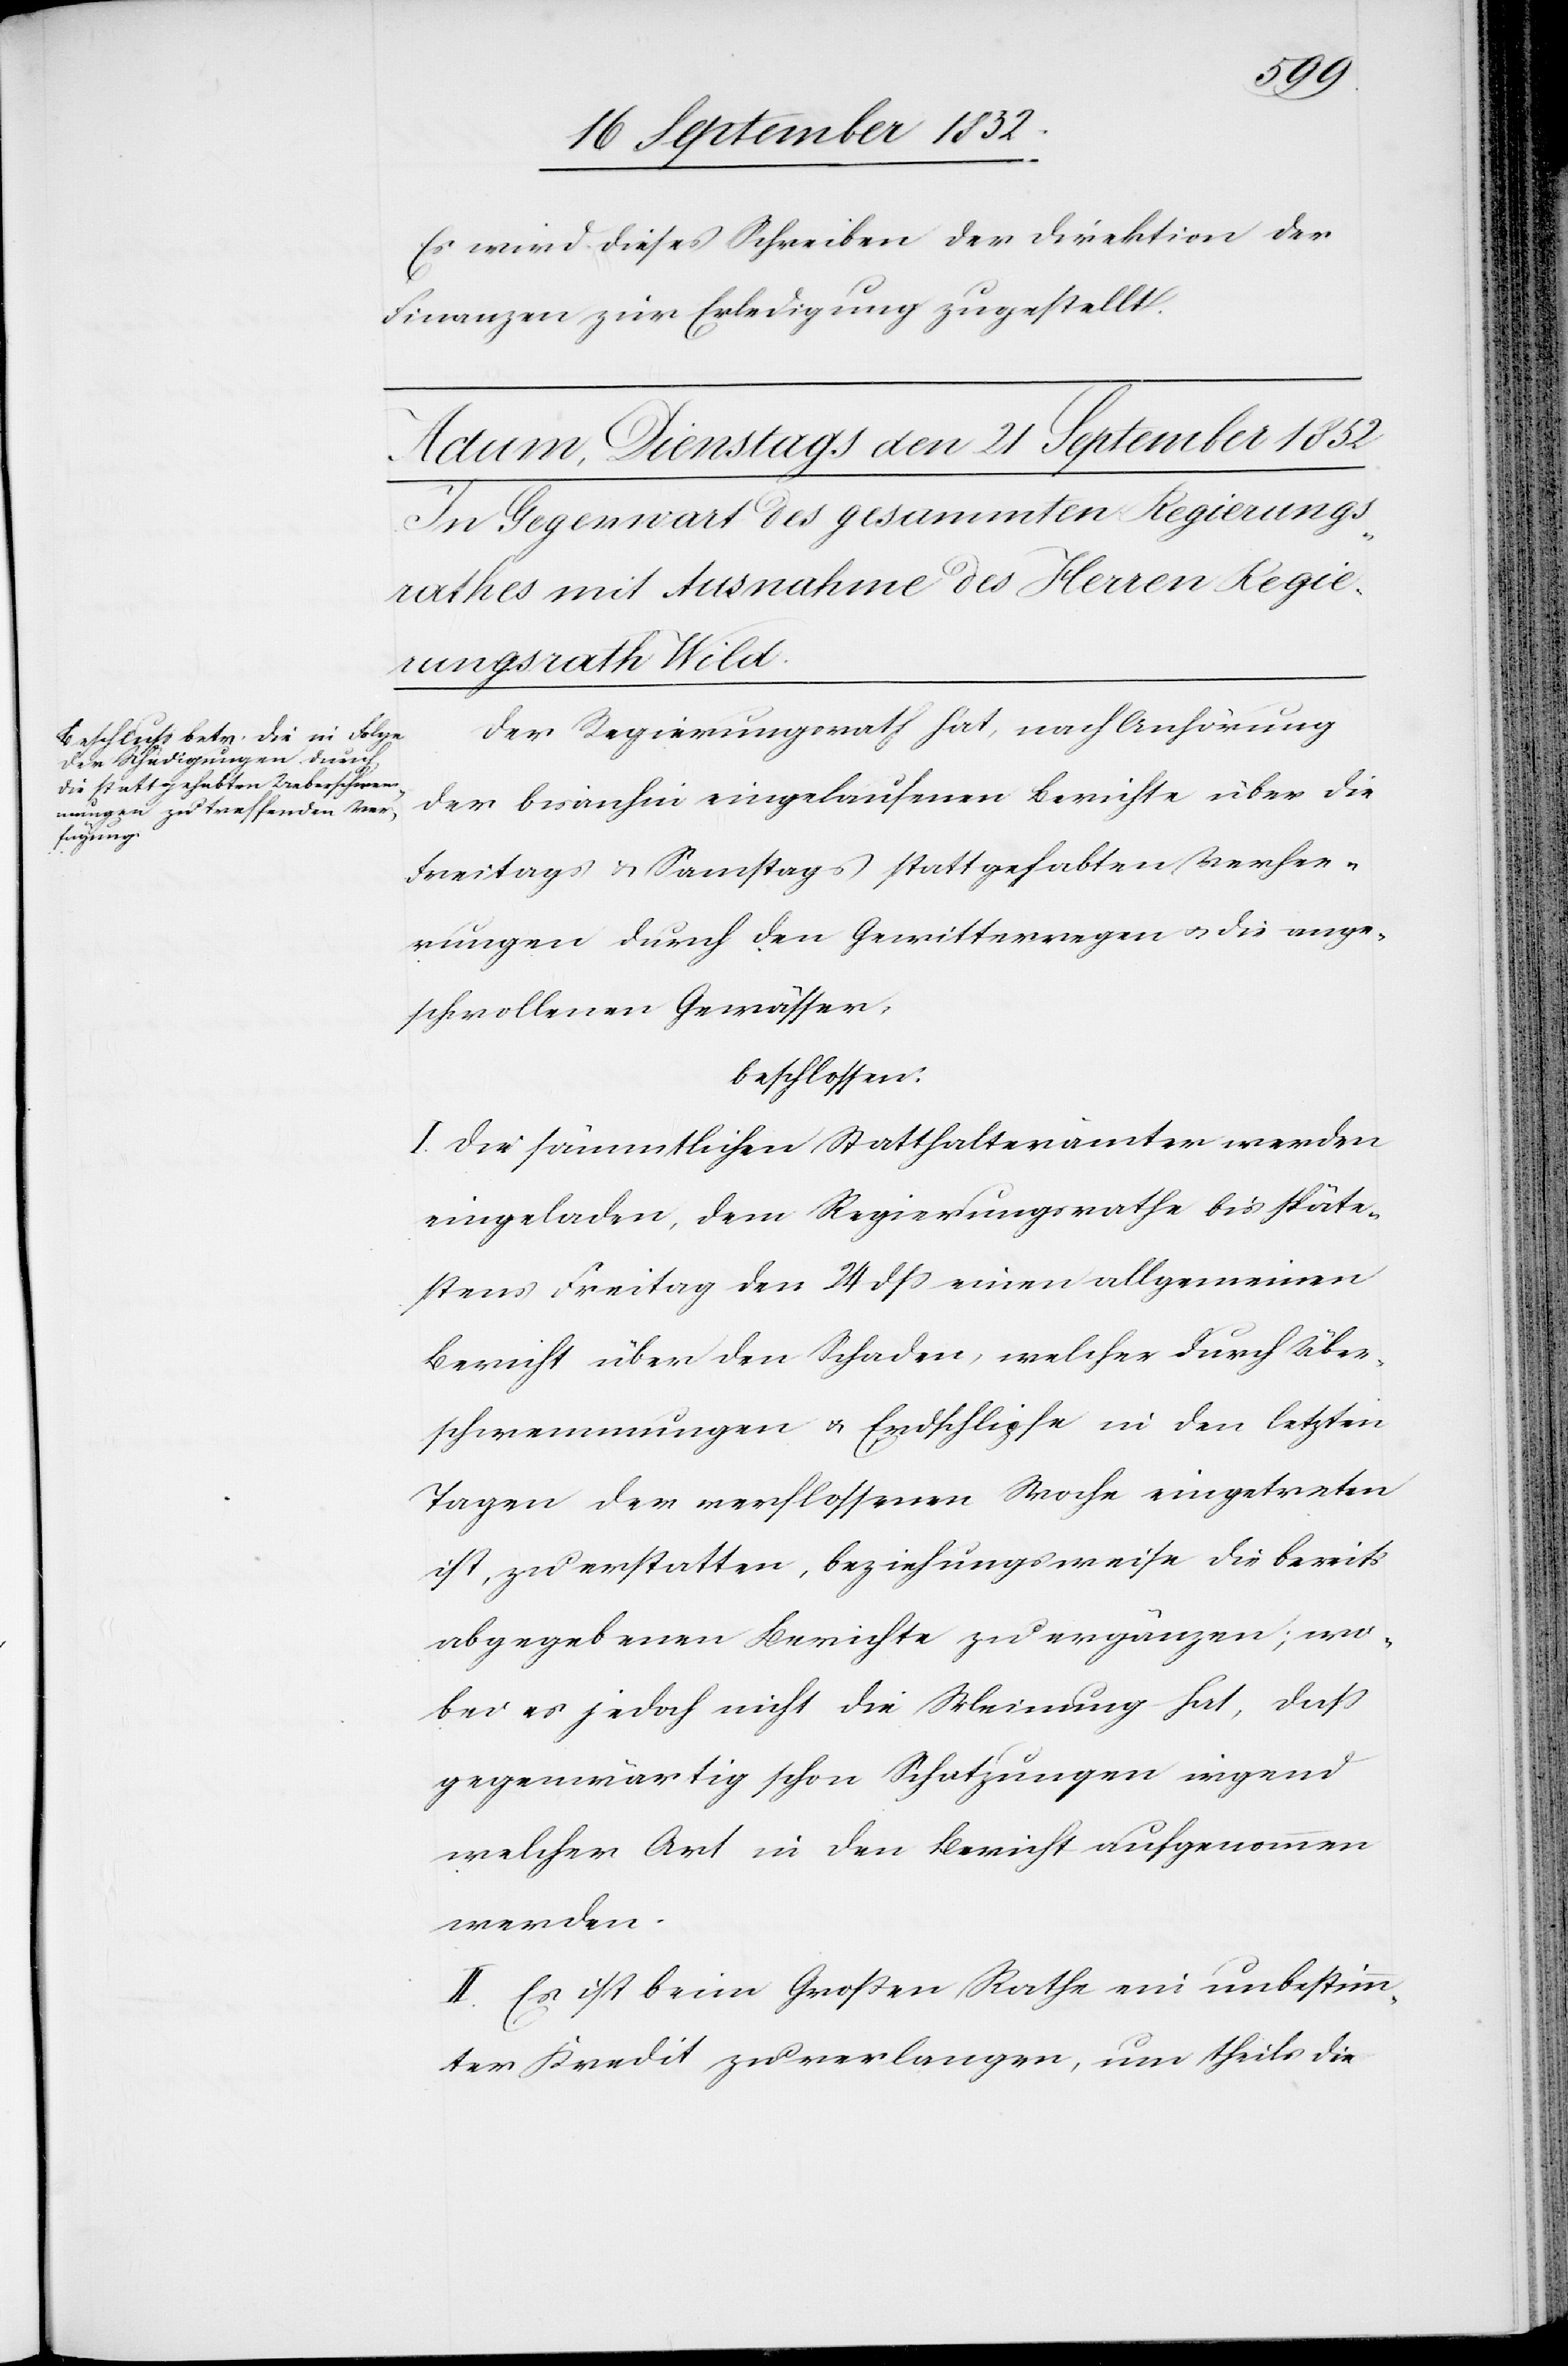
Es wird dieses Schreiben der Direktion der
Finanzen zur Erledigung zugestellt.
Der Regierungsrath hat, nach Anhörung
der bisanhin eingelaufenen Berichte über die
Freitags & Samstags stattgehabten Verhee¬
rungen durch den Gewitterregen & die ange¬
schwollenen Gewässer,
beschlossen:
I. Die sämmtlichen Statthalterämter werden
eingeladen, dem Regierungsrathe bis späte¬
stens Freitag den 24 dss einen allgemeinen
Bericht über den Schaden, welcher durch Über¬
schwemmungen & Erdschlipfe in den letzten
Tagen der verflossenen Woche eingetreten
ist, zu erstatten, beziehungsweise die bereits
abgegebenen Berichte zu ergänzen; wo¬
bei es jedoch nicht die Meinung hat, dass
gegenwärtig schon Schatzungen irgend
welcher Art in den Bericht aufgenommen
werden.
II. Es ist beim Großen Rathe ein unbestimm¬
ter Kredit zu verlangen, um theils die